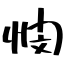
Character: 憫